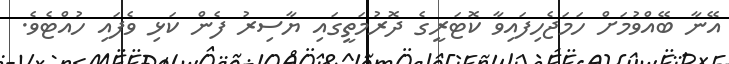
އޭނާ ބޭއްވުމަށް ހަމަޖެހިފައިވާ ކޮޓަރީގެ ދޮރުމަތީގައި ޔާސިރު ފެން ކަޅި ވެފައި ހުއްޓެވެ.